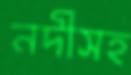
নদীসহ